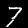
Digit: 7